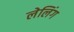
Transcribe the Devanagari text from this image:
लेलिंग